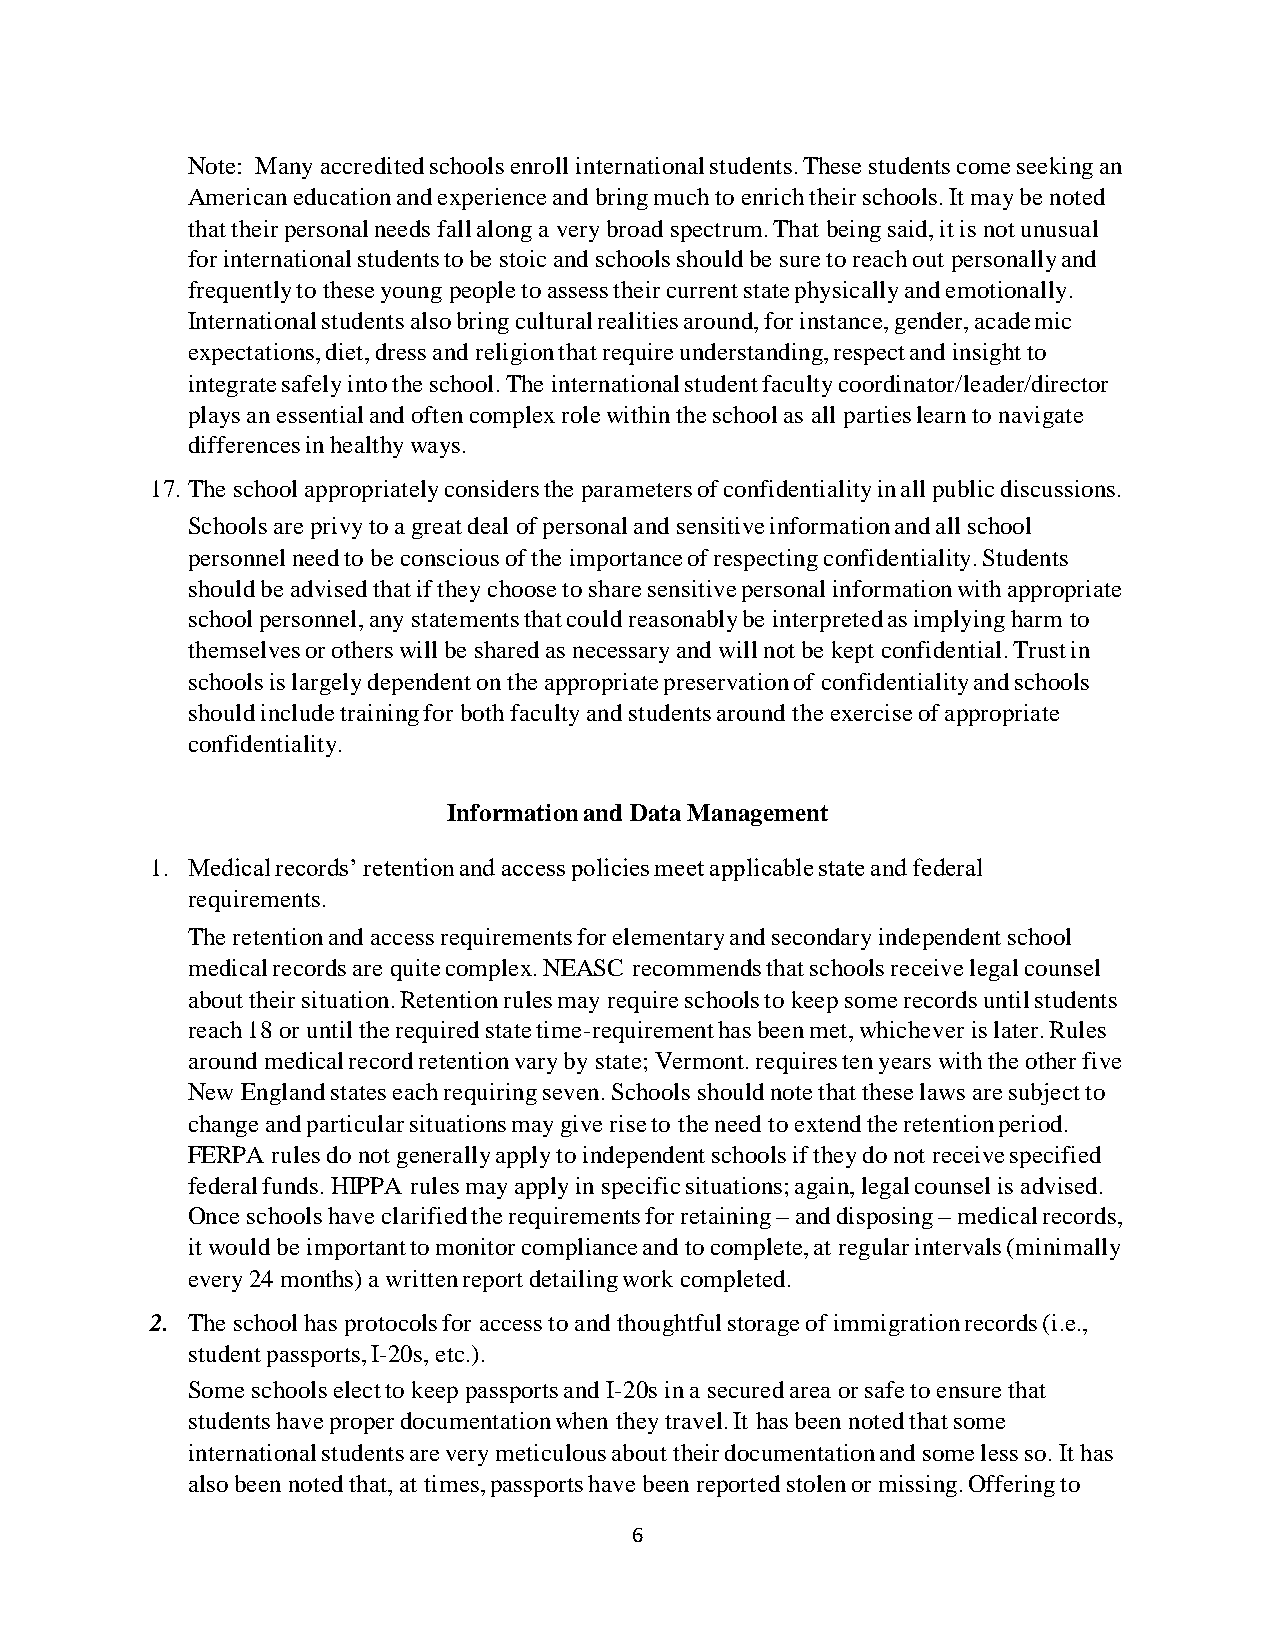
Note: Many accredited schools enroll international students. These students come seeking an
 American education and experience and bring much to enrich their schools. It may be noted
 that their personal needs fall along a very broad spectrum. That being said, it is not unusual
 for international students to be stoic and schools should be sure to reach out personally and
 frequently to these young people to assess their current state physically and emotionally.
 International students also bring cultural realities around, for instance, gender, academic
 expectations, diet, dress and religion that require understanding, respect and insight to
 integrate safely into the school. The international student faculty coordinator/leader/director
 plays an essential and often complex role within the school as all parties learn to navigate
 differences in healthy ways.
 17. The school appropriately considers the parameters of confidentiality in all public discussions.
 Schools are privy to a great deal of personal and sensitive information and all school
 personnel need to be conscious of the importance of respecting confidentiality. Students
 should be advised that if they choose to share sensitive personal information with appropriate
 school personnel, any statements that could reasonably be interpreted as implying harm to
 themselves or others will be shared as necessary and will not be kept confidential. Trust in
 schools is largely dependent on the appropriate preservation of confidentiality and schools
 should include training for both faculty and students around the exercise of appropriate
 confidentiality.
 Information and Data Management
 1. Medical records’ retention and access policies meet applicable state and federal
 requirements.
 The retention and access requirements for elementary and secondary independent school
 medical records are quite complex. NEASC recommends that schools receive legal counsel
 about their situation. Retention rules may require schools to keep some records until students
 reach 18 or until the required state time-requirement has been met, whichever is later. Rules
 around medical record retention vary by state; Vermont. requires ten years with the other five
 New England states each requiring seven. Schools should note that these laws are subject to
 change and particular situations may give rise to the need to extend the retention period.
 FERPA rules do not generally apply to independent schools if they do not receive specified
 federal funds. HIPPA rules may apply in specific situations; again, legal counsel is advised.
 Once schools have clarified the requirements for retaining – and disposing – medical records,
 it would be important to monitor compliance and to complete, at regular intervals (minimally
 every 24 months) a written report detailing work completed.
 2. The school has protocols for access to and thoughtful storage of immigration records (i.e.,
 student passports, I-20s, etc.).
 Some schools elect to keep passports and I-20s in a secured area or safe to ensure that
 students have proper documentation when they travel. It has been noted that some
 international students are very meticulous about their documentation and some less so. It has
 also been noted that, at times, passports have been reported stolen or missing. Offering to
 6